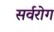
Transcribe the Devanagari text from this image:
सर्वरोग